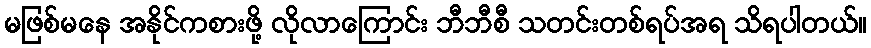
မဖြစ်မနေ အနိုင်ကစားဖို့ လိုလာကြောင်း ဘီဘီစီ သတင်းတစ်ရပ်အရ သိရပါတယ်။